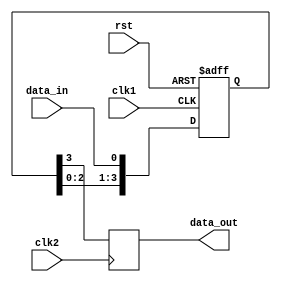
module four_flop_synchronizer (
    input wire clk1,
    input wire clk2,
    input wire rst,
    input wire data_in,
    output reg data_out
);

reg [3:0] sync_reg;

always @(posedge clk1 or posedge rst) begin
    if (rst) begin
        sync_reg <= 4'b0000;
    end else begin
        sync_reg <= {sync_reg[2:0], data_in};
    end
end

always @(posedge clk2) begin
    data_out <= sync_reg[3];
end

endmodule